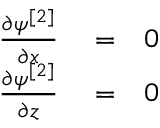
\begin{array} { r l r } { \frac { \partial \psi ^ { [ 2 ] } } { \partial x } } & { { } = } & { 0 } \\ { \frac { \partial \psi ^ { [ 2 ] } } { \partial z } } & { { } = } & { 0 } \end{array}